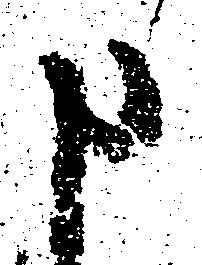
申